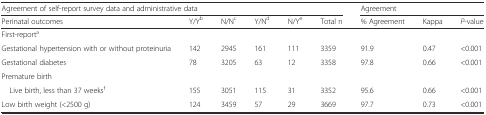
<table><thead><tr><td colspan="6"><b>Agreement of self-report survey data and administrative data</b></td><td colspan="3"><b>Agreement</b></td></tr><tr><td><b>Perinatal outcomes</b></td><td><b>Y/Y<sup>b</sup></b></td><td><b>N/N<sup>c</sup></b></td><td><b>Y/N<sup>d</sup></b></td><td><b>N/Y<sup>e</sup></b></td><td><b>Total n</b></td><td><b>% Agreement</b></td><td><b>Kappa</b></td><td><b><i>P</i>-value</b></td></tr></thead><tbody><tr><td>First-report<sup>a</sup></td><td></td><td></td><td></td><td></td><td></td><td></td><td></td><td></td></tr><tr><td>Gestational hypertension with or without proteinuria</td><td>142</td><td>2945</td><td>161</td><td>111</td><td>3359</td><td>91.9</td><td>0.47</td><td>&lt;0.001</td></tr><tr><td>Gestational diabetes</td><td>78</td><td>3205</td><td>63</td><td>12</td><td>3358</td><td>97.8</td><td>0.66</td><td>&lt;0.001</td></tr><tr><td>Premature birth</td><td></td><td></td><td></td><td></td><td></td><td></td><td></td><td></td></tr><tr><td> Live birth, less than 37 weeks<sup>f</sup></td><td>155</td><td>3051</td><td>115</td><td>31</td><td>3352</td><td>95.6</td><td>0.66</td><td>&lt;0.001</td></tr><tr><td>Low birth weight (&lt;2500 g)</td><td>124</td><td>3459</td><td>57</td><td>29</td><td>3669</td><td>97.7</td><td>0.73</td><td>&lt;0.001</td></tr></tbody></table>